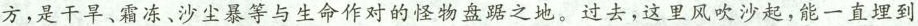
方，是干旱、霜冻、沙尘暴等与生命作对的怪物盘踞之地。过去，这里风吹沙起，能一直埋到